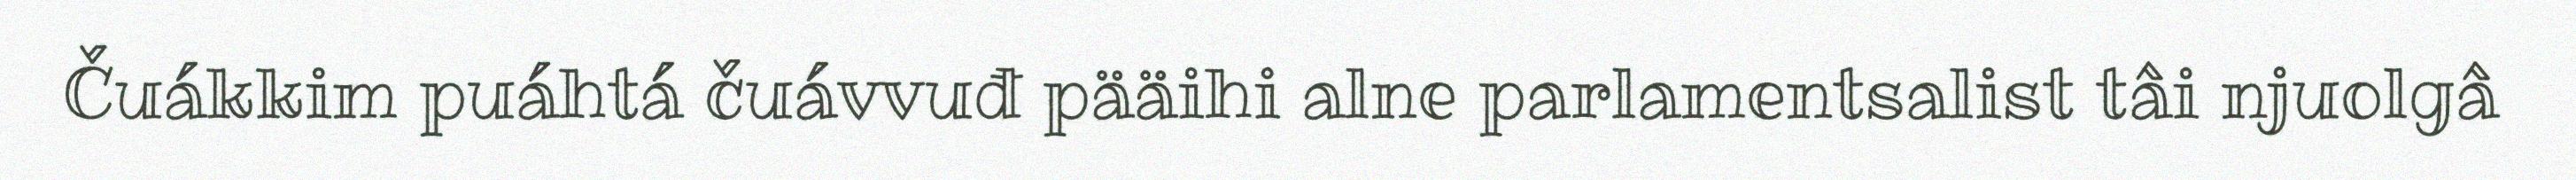
Čuákkim puáhtá čuávvuđ pääihi alne parlamentsalist tâi njuolgâ